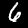
Label: 6